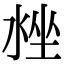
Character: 𣴳